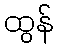
ထွန်